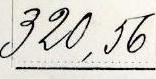
320,56